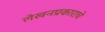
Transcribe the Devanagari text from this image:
लेखनप्रकाराचे